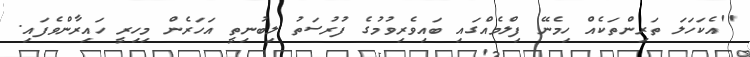
''އެކަހަލަ ތަރިންތަކެއް ހިމެނޭ ފިލްމެއްގައި ބައިވެރިވުމުގެ ފުރުސަތު ލިބުނިތީ އަހަރެން މިހިރީ ހައިރާންވެފައި.